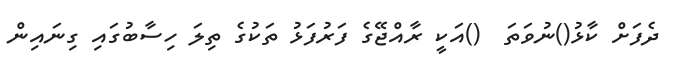
ދެފަށް ކާޅު()ނުވަތަ  ()އަކީ ރާއްޖޭގެ ފަރުފަޅު ތަކުގެ ތިލަ ހިސާބުގައި ގިނައިން